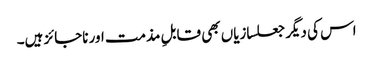
اس کی دیگر جعلسازیاں بھی قابلِ مذمت اور ناجائز ہیں۔